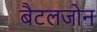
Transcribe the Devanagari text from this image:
बैटलजोन